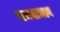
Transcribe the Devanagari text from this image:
समबाभाव